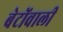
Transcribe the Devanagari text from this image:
बेटोंवाली